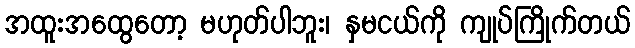
အထူးအထွေတော့ မဟုတ်ပါဘူး၊ နှမငယ်ကို ကျုပ်ကြိုက်တယ်